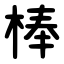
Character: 棒